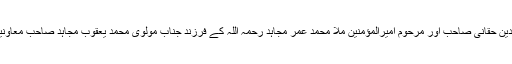
اسی طرح جناب الحاج ملا سراج الدین حقانی صاحب اور مرحوم امیرالمؤمنین ملا محمد عمر مجاہد رحمہ اللہ کے فرزند جناب مولوی محمد یعقوب مجاہد صاحب معاونین کے طور پر منتخب کیے گئے۔